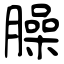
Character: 臊